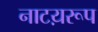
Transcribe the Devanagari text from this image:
नाटय़रूप